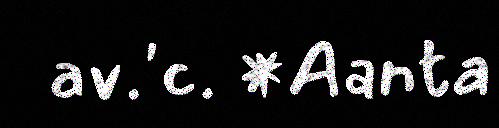
av.'c. *Aanta